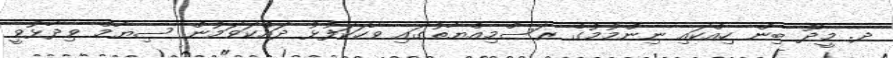
ދ. މީދޫ ބިން ހިއްކައި ނިންމުމުގެ ރަސްމިއްޔާތުގައި ވާހަކަފުޅު ދައްކަވަމުން ސިޔާމް ވިދާޅުވީ